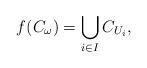
LaTeX: \begin{align*}f(C_\omega)=\bigcup_{i\in I}C_{U_i},\end{align*}